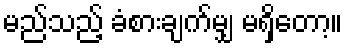
မည်သည့် ခံစားချက်မျှ မရှိတော့။